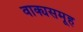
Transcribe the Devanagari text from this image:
वाक्यसमूह